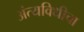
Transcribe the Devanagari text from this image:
अंत्यविधीचा